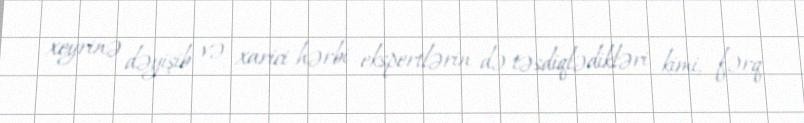
xeyrinə dəyişib və xarici hərbi ekspertlərin də təsdiqlədikləri kimi, fərq